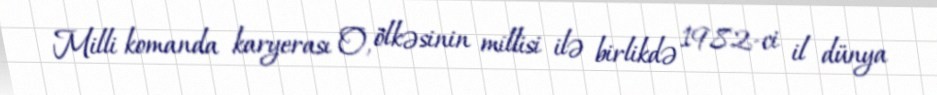
Milli komanda karyerası O, ölkəsinin millisi ilə birlikdə 1982-ci il dünya